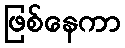
ဖြစ်နေကာ